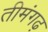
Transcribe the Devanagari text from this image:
तीमंगढ़